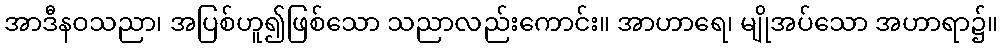
အာဒီနဝသညာ၊ အပြစ်ဟူ၍ဖြစ်သော သညာလည်းကောင်း။ အာဟာရေ၊ မျိုအပ်သော အဟာရာ၌။